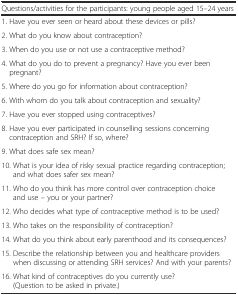
| <COLSPAN=2> Questions/activities for the participants: young people aged 15–24 years |
 | --- | --- |
 | <COLSPAN=2> 1. Have you ever seen or heard about these devices or pills? |
 | <COLSPAN=2> 2. What do you know about contraception? |
 | <COLSPAN=2> 3. When do you use or not use a contraceptive method? |
 | <COLSPAN=2> 4. What do you do to prevent a pregnancy? Have you ever been pregnant? |
 | <COLSPAN=2> 5. Where do you go for information about contraception? |
 | <COLSPAN=2> 6. With whom do you talk about contraception and sexuality? |
 | <COLSPAN=2> 7. Have you ever stopped using contraceptives? |
 | <COLSPAN=2> 8. Have you ever participated in counselling sessions concerning contraception and SRH? If so, where? |
 | <COLSPAN=2> 9. What does safe sex mean? |
 | <COLSPAN=2> 10. What is your idea of risky sexual practice regarding contraception; and what does safer sex mean? |
 | <COLSPAN=2> 11. Who do you think has more control over contraception choice and use – you or your partner? |
 | <COLSPAN=2> 12. Who decides what type of contraceptive method is to be used? |
 | <COLSPAN=2> 13. Who takes on the responsibility of contraception? |
 | <COLSPAN=2> 14. What do you think about early parenthood and its consequences? |
 | <COLSPAN=2> 15. Describe the relationship between you and healthcare providers when discussing or attending SRH services? And with your parents? |
 | <COLSPAN=2> 16. What kind of contraceptives do you currently use? (Question to be asked in private.) |